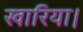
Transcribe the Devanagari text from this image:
खारिया।